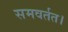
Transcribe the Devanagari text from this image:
समवर्तत।